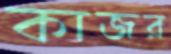
কাজর